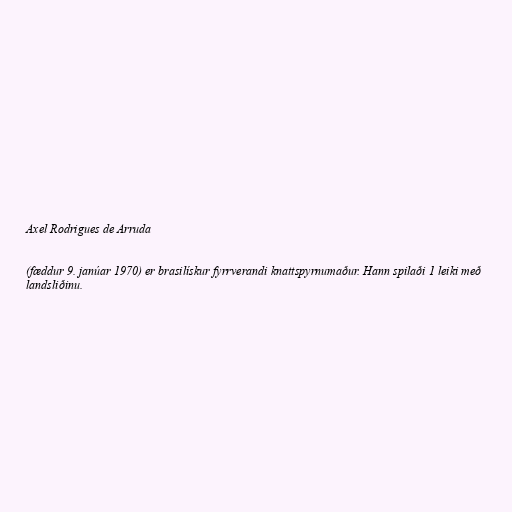
Axel Rodrigues de Arruda

(fæddur 9. janúar 1970) er brasilískur fyrrverandi knattspyrnumaður. Hann spilaði 1 leiki með
landsliðinu.